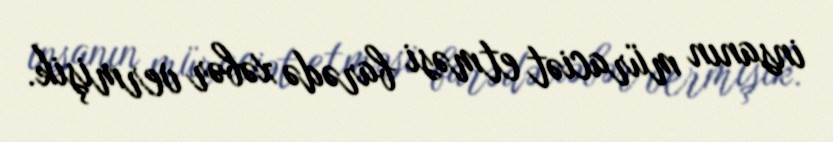
insanın müraciət etməsi barədə xəbər vermişik.